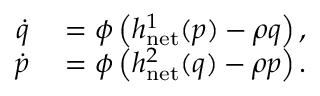
\begin{array} { r } { \begin{array} { r l } { \dot { q } } & { { } = \phi \left( h _ { \mathrm { n e t } } ^ { 1 } ( p ) - \rho q \right) , } \\ { \dot { p } } & { { } = \phi \left( h _ { \mathrm { n e t } } ^ { 2 } ( q ) - \rho p \right) . } \end{array} } \end{array}